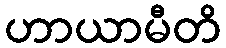
ဟာယာမီတိ